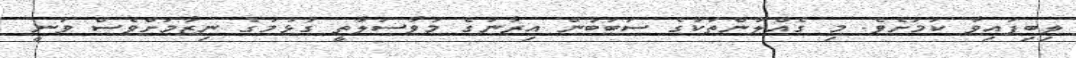
ލިބިފައިވާ ކަމަށެވެ. މި ގެއްލުންތަކުގެ ސަބަބުން އިރާނުގެ މުވާސަލާތީ ގުޅުމުގެ ނިޒާމަށްވެސް ވަނީ